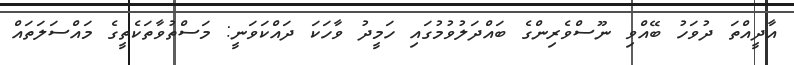
އާދީއްތަ ދުވަހު ބޭއްވި ނޫސްވެރިންގެ ބައްދަލުވުމުގައި ހަމީދު ވާހަކަ ދައްކަވަނީ: މަސްތުވާތަކެތީގެ މައްސަލަތައް